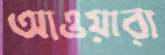
আওয়ারা